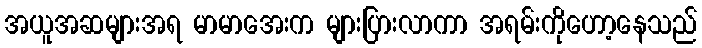
အယူအဆများအရ မာမာအေးက များပြားလာကာ အရမ်းကိုဟော့နေသည်